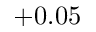
+ 0 . 0 5